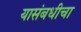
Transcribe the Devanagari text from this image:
यासंबधीचा